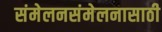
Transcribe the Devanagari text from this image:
संमेलनसंमेलनासाठी